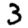
Digit: 3